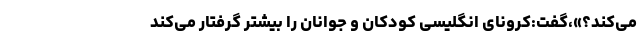
می‌کند؟»،گفت:کرونای انگلیسی کودکان و جوانان را بیشتر گرفتار می‌کند